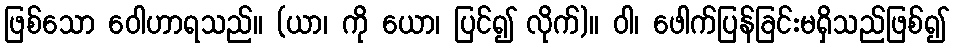
ဖြစ်သော ဝေါဟာရသည်။ (ယာ၊ ကို ယော၊ ပြင်၍ လိုက်)။ ဝါ၊ ဖေါက်ပြန်ခြင်းမရှိသည်ဖြစ်၍